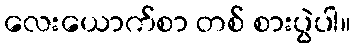
လေးယောက်စာ တစ် စားပွဲပါ။